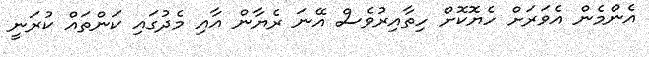
އެންމެން އެވަރަށް ހެޔޮކޮށް ހިތާއިރުވެސް އޭނަ ރެޔާން އާއި މެދުގައި ކަންތައް ކުރަނީ